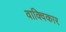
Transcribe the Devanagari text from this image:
वाक्विकार